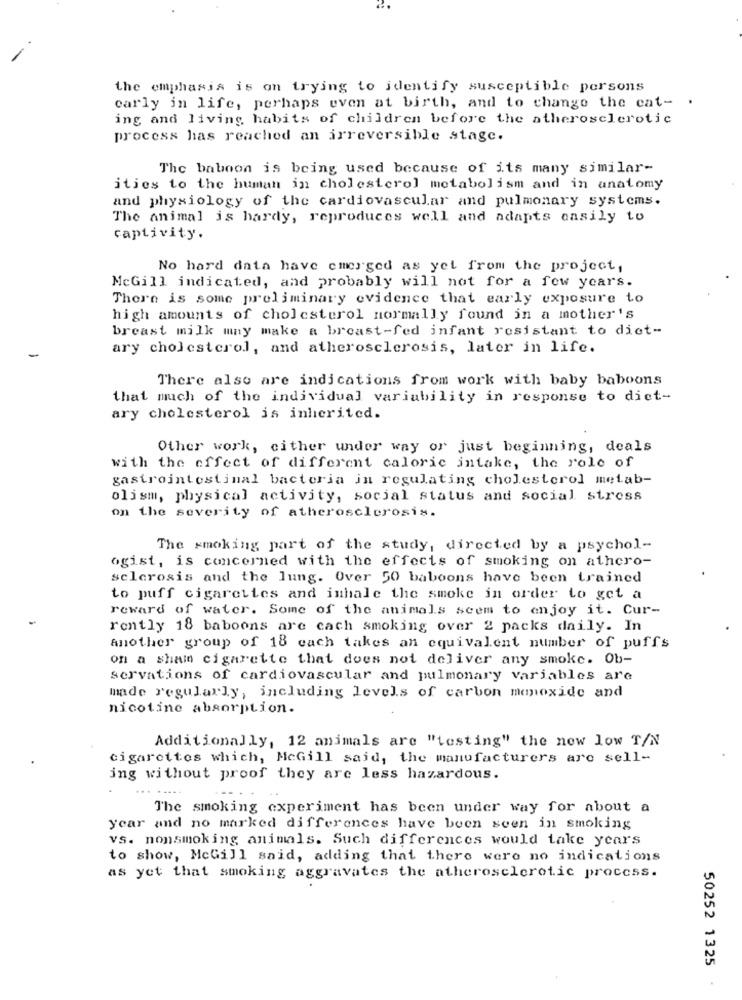
-
the emphasis is on trying to identify susceptible persons
carly in life, perhaps even at birth, and to change the cat- .
ing and living habits of children before the atherosclerotic
process has reached an irreversible stage.
The baboon is being used because of its many similar-
ities to the human in cholesterol metabolism and in anatomy
and physiology of the cardiovascular and pulmonary systems.
The animal is hardy, reproduces well and adapts easily to
captivity.
No hard data have emerged as yet from the project,
McGill indicated, and probably will not for a few years.
There is some preliminary evidence that early exposure to
high amounts of cholesterol normally found in a mother's
breast milk may make a breast-fed infant resistant to diet-
ary cholesterol, and atherosclerosis, later in life.
There also are indications from work with baby baboons
that much of the individual variability in response to diet-
ary cholesterol is inherited.
Other work, cither under way or just beginning, deals
with the effect of different calorie intake, the role of
gastrointestinal bacteria in regulating cholesterol metab-
olism, physical activity, social status and social stress
on the severity of atherosclerosis.
The smoking part of the study, directed by a psychol-
ogist, is concerned with the effects of smoking on athero-
sclerosis and the lung. Over 50 baboons have been trained
to puff cigarettes and inhale the smoke in order to get a
reward of water. Some of the animals seem to enjoy it. Cur-
rontly 18 baboons are cach smoking over 2 packs daily. In
Another group of 18 cach takes an equivalent number of puffs
on a sham cigarette that does not deliver any smoke. Ob-
servations of cardiovascular and pulmonary variables are
made regularly, including levels of carbon monoxide and
nicotine absorption.
Additionally, 12 animals are "testing" the new low T/N
cigarettes which, McGill said, the manufacturers are sell-
ing without proof they are less hazardous.
The smoking experiment has been under way for about a
year and no marked differences have been seen in smoking
vs. nonsmoking animals. Such differences would take years
to show, McGill said, adding that there were no indications
as yet that smoking aggravates the atherosclerotic process.
50252 1325